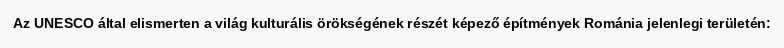
Az UNESCO által elismerten a világ kulturális örökségének részét képező építmények Románia jelenlegi területén: